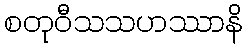
စတုဝီသသဟဿာနိ